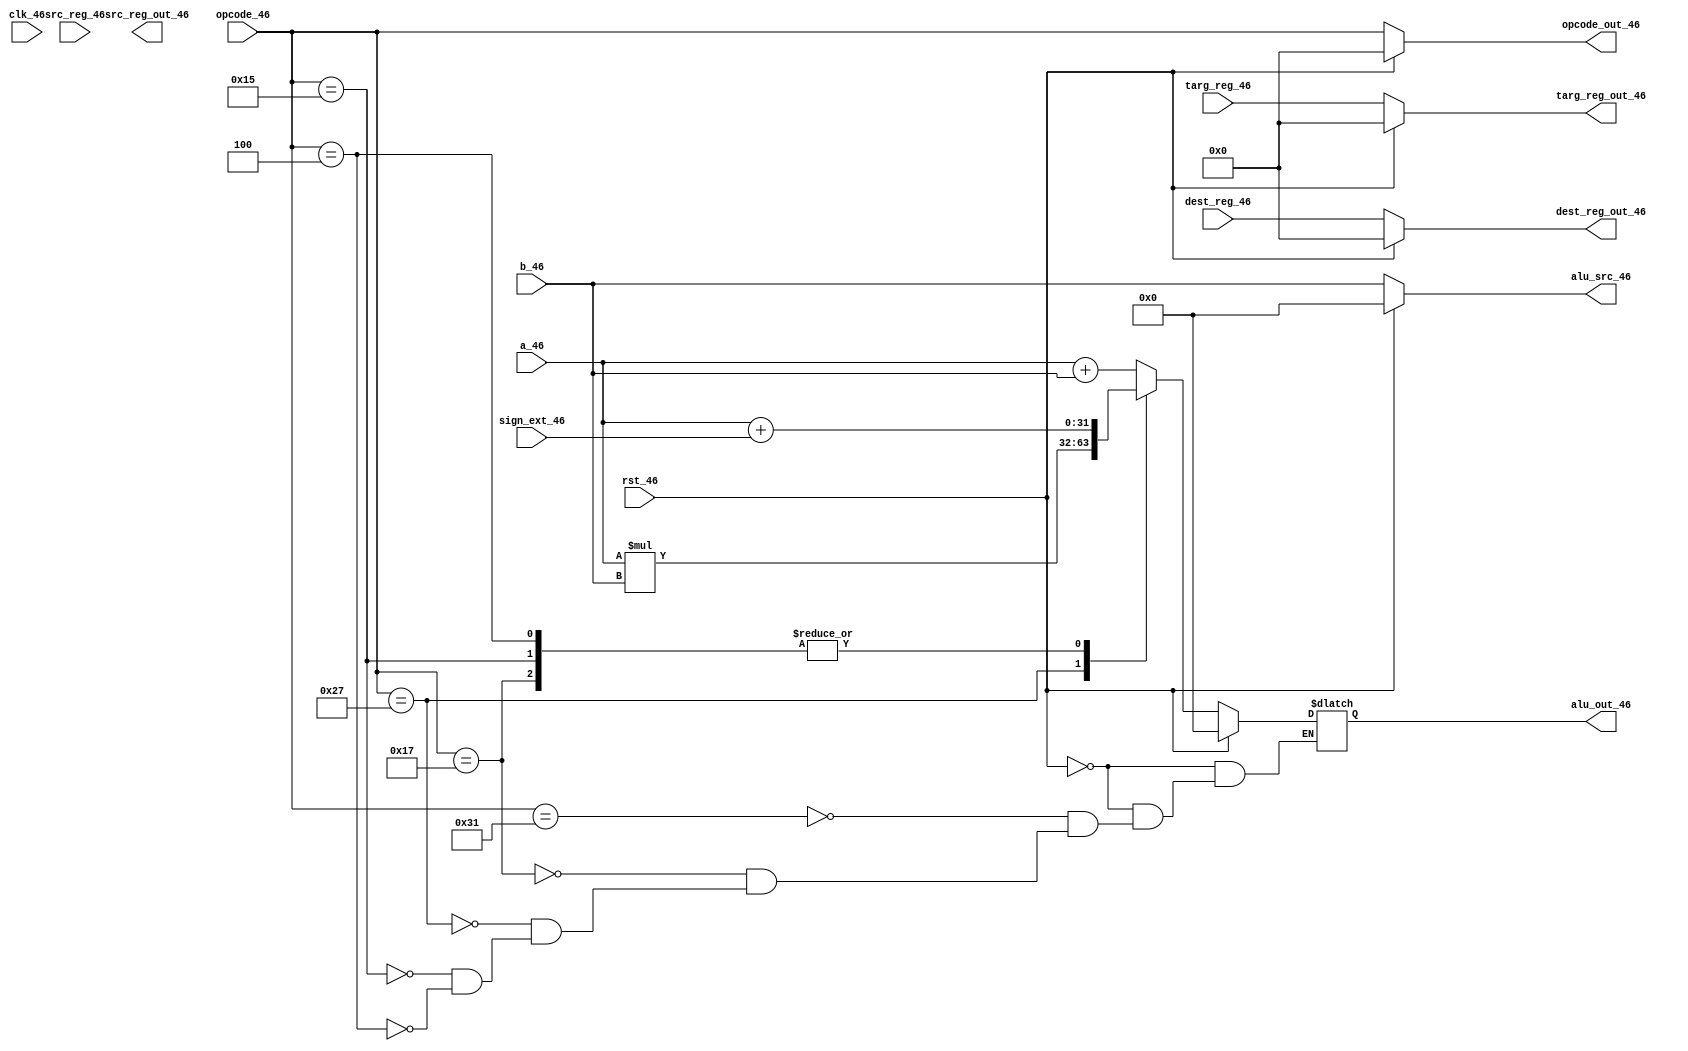
// 3rd Stage of Pipeline: // ************* Execution Stage*************
module execute(clk_46,rst_46,opcode_46,a_46,b_46,sign_ext_46,alu_out_46,alu_src_46,opcode_out_46,src_reg_46,dest_reg_46, targ_reg_46,src_reg_out_46,dest_reg_out_46,targ_reg_out_46);
input clk_46,rst_46;
input [5:0] opcode_46;
input [5:0] src_reg_46,dest_reg_46,targ_reg_46;
input [31:0] a_46,b_46,sign_ext_46;
output [5:0] opcode_out_46;
output reg [31:0] alu_out_46;
output [31:0] alu_src_46;
output [5:0] src_reg_out_46,dest_reg_out_46,targ_reg_out_46;

parameter ADD = 6'b110001;// for adding two regs and stores value reg
parameter LDW = 6'b010111;// load data from memory to reg
parameter MUL = 6'b100111;// multiply two regs
parameter BLT = 6'b010110;// it will branch if less than other one
parameter STW = 6'b010101;// stores data from reg to mem
parameter BR = 6'b000110;// unconditional branch
parameter ADDI = 6'b000100;// addition of immediate data to reg
parameter BEQ = 6'b100110;// Branch if the values are equal
parameter NOPE = 6'b111111;// special instruction which do no operation

// If reset is found assigning value to 0
assign opcode_out_46 = rst_46 ? 0 : opcode_46;
assign src_reg_46_out = rst_46 ? 0 : src_reg_46;
assign dest_reg_out_46 = rst_46 ? 0 : dest_reg_46;
assign targ_reg_out_46 = rst_46 ? 0 : targ_reg_46;
assign alu_src_46 = rst_46 ? 0 : b_46;
always @ (*)
begin
#0;
if(rst_46)
begin
alu_out_46 = 0;
end
else
begin
case(opcode_46)
// According to various inst various execution takes place.
ADD : alu_out_46 = a_46 + b_46;
LDW : alu_out_46 = a_46 + sign_ext_46;
MUL : alu_out_46 = a_46 * b_46;
STW : alu_out_46 = a_46 + sign_ext_46;
ADDI: alu_out_46 = a_46 + sign_ext_46;
//SUBI: alu_out_46 = a_46 - sign_ext_46;
// CALL: alu_out_46 = b_46;
endcase
end
end
endmodule